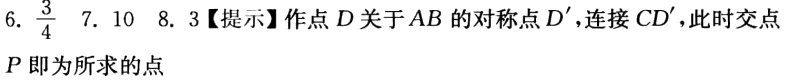
6. $\frac{3}{4}$  7. 10  8. 3【提示】作点$D$关于$AB$的对称点$D'$，连接$CD'$，此时交点$P$即为所求的点